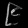
Digit: ၉